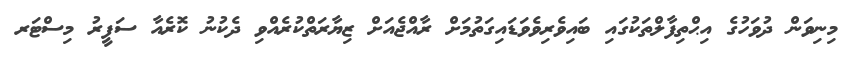
މިނިވަން ދުވަހުގެ އިޙްތިފާލްތަކުގައި ބައިވެރިވެވަޑައިގަތުމަށް ރާއްޖެއަށް ޒިޔާރަތްކުރެއްވި ދެކުނު ކޮރެއާ ސަފީރު މިސްޓަރ